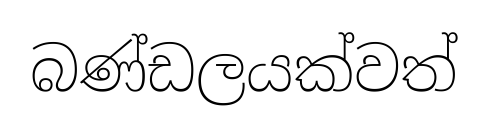
බණ්ඩලයක්වත්